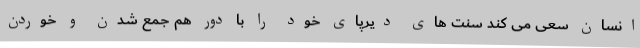
انسان سعی می کند سنت های دیرپای خود را با دور هم جمع شدن و خوردن